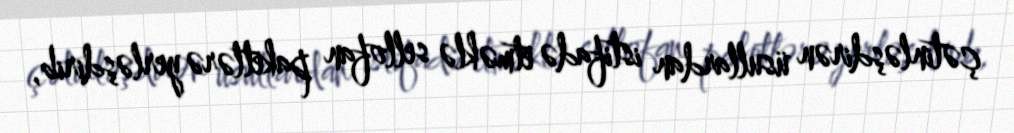
çətinləşdirən üsullardan istifadə etməklə sellofan paketlərə yerləşdirib,